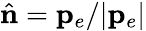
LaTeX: \hat{\mathbf n}={\mathbf p}_{e}/|{\mathbf p}_{e}|